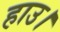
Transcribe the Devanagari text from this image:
हाउ।